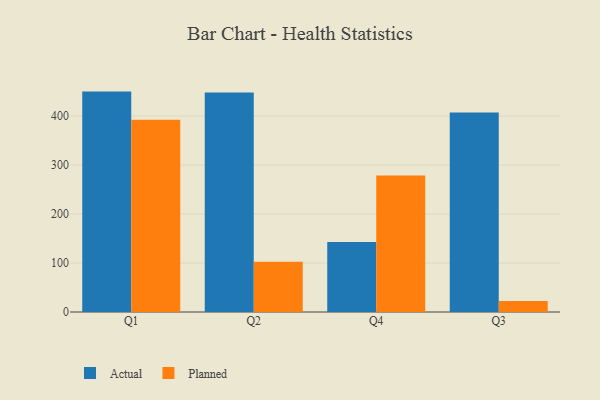
{"axis": {"x": "Quarter", "y": "Latency (ms)"}, "legend": ["Actual", "Planned"], "data": [{"x": "Q1", "y": 449.8, "type": "Actual"}, {"x": "Q1", "y": 392.6, "type": "Planned"}, {"x": "Q2", "y": 447.9, "type": "Actual"}, {"x": "Q2", "y": 102.3, "type": "Planned"}, {"x": "Q4", "y": 143.0, "type": "Actual"}, {"x": "Q4", "y": 278.4, "type": "Planned"}, {"x": "Q3", "y": 407.3, "type": "Actual"}, {"x": "Q3", "y": 22.7, "type": "Planned"}]}